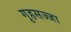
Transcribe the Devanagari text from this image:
गृहसज्जा